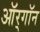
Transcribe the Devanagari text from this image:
ऑर्‌गॉन